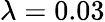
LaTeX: \lambda=0.03